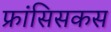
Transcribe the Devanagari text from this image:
फ्रांसिसकस